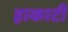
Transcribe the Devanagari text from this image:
हाकाटी